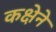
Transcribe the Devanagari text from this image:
कक्षेने